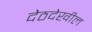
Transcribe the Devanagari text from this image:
देठदेखील